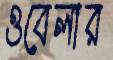
ওবেলার